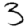
Digit: 3